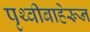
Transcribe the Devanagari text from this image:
पृथ्वीबाहेरून